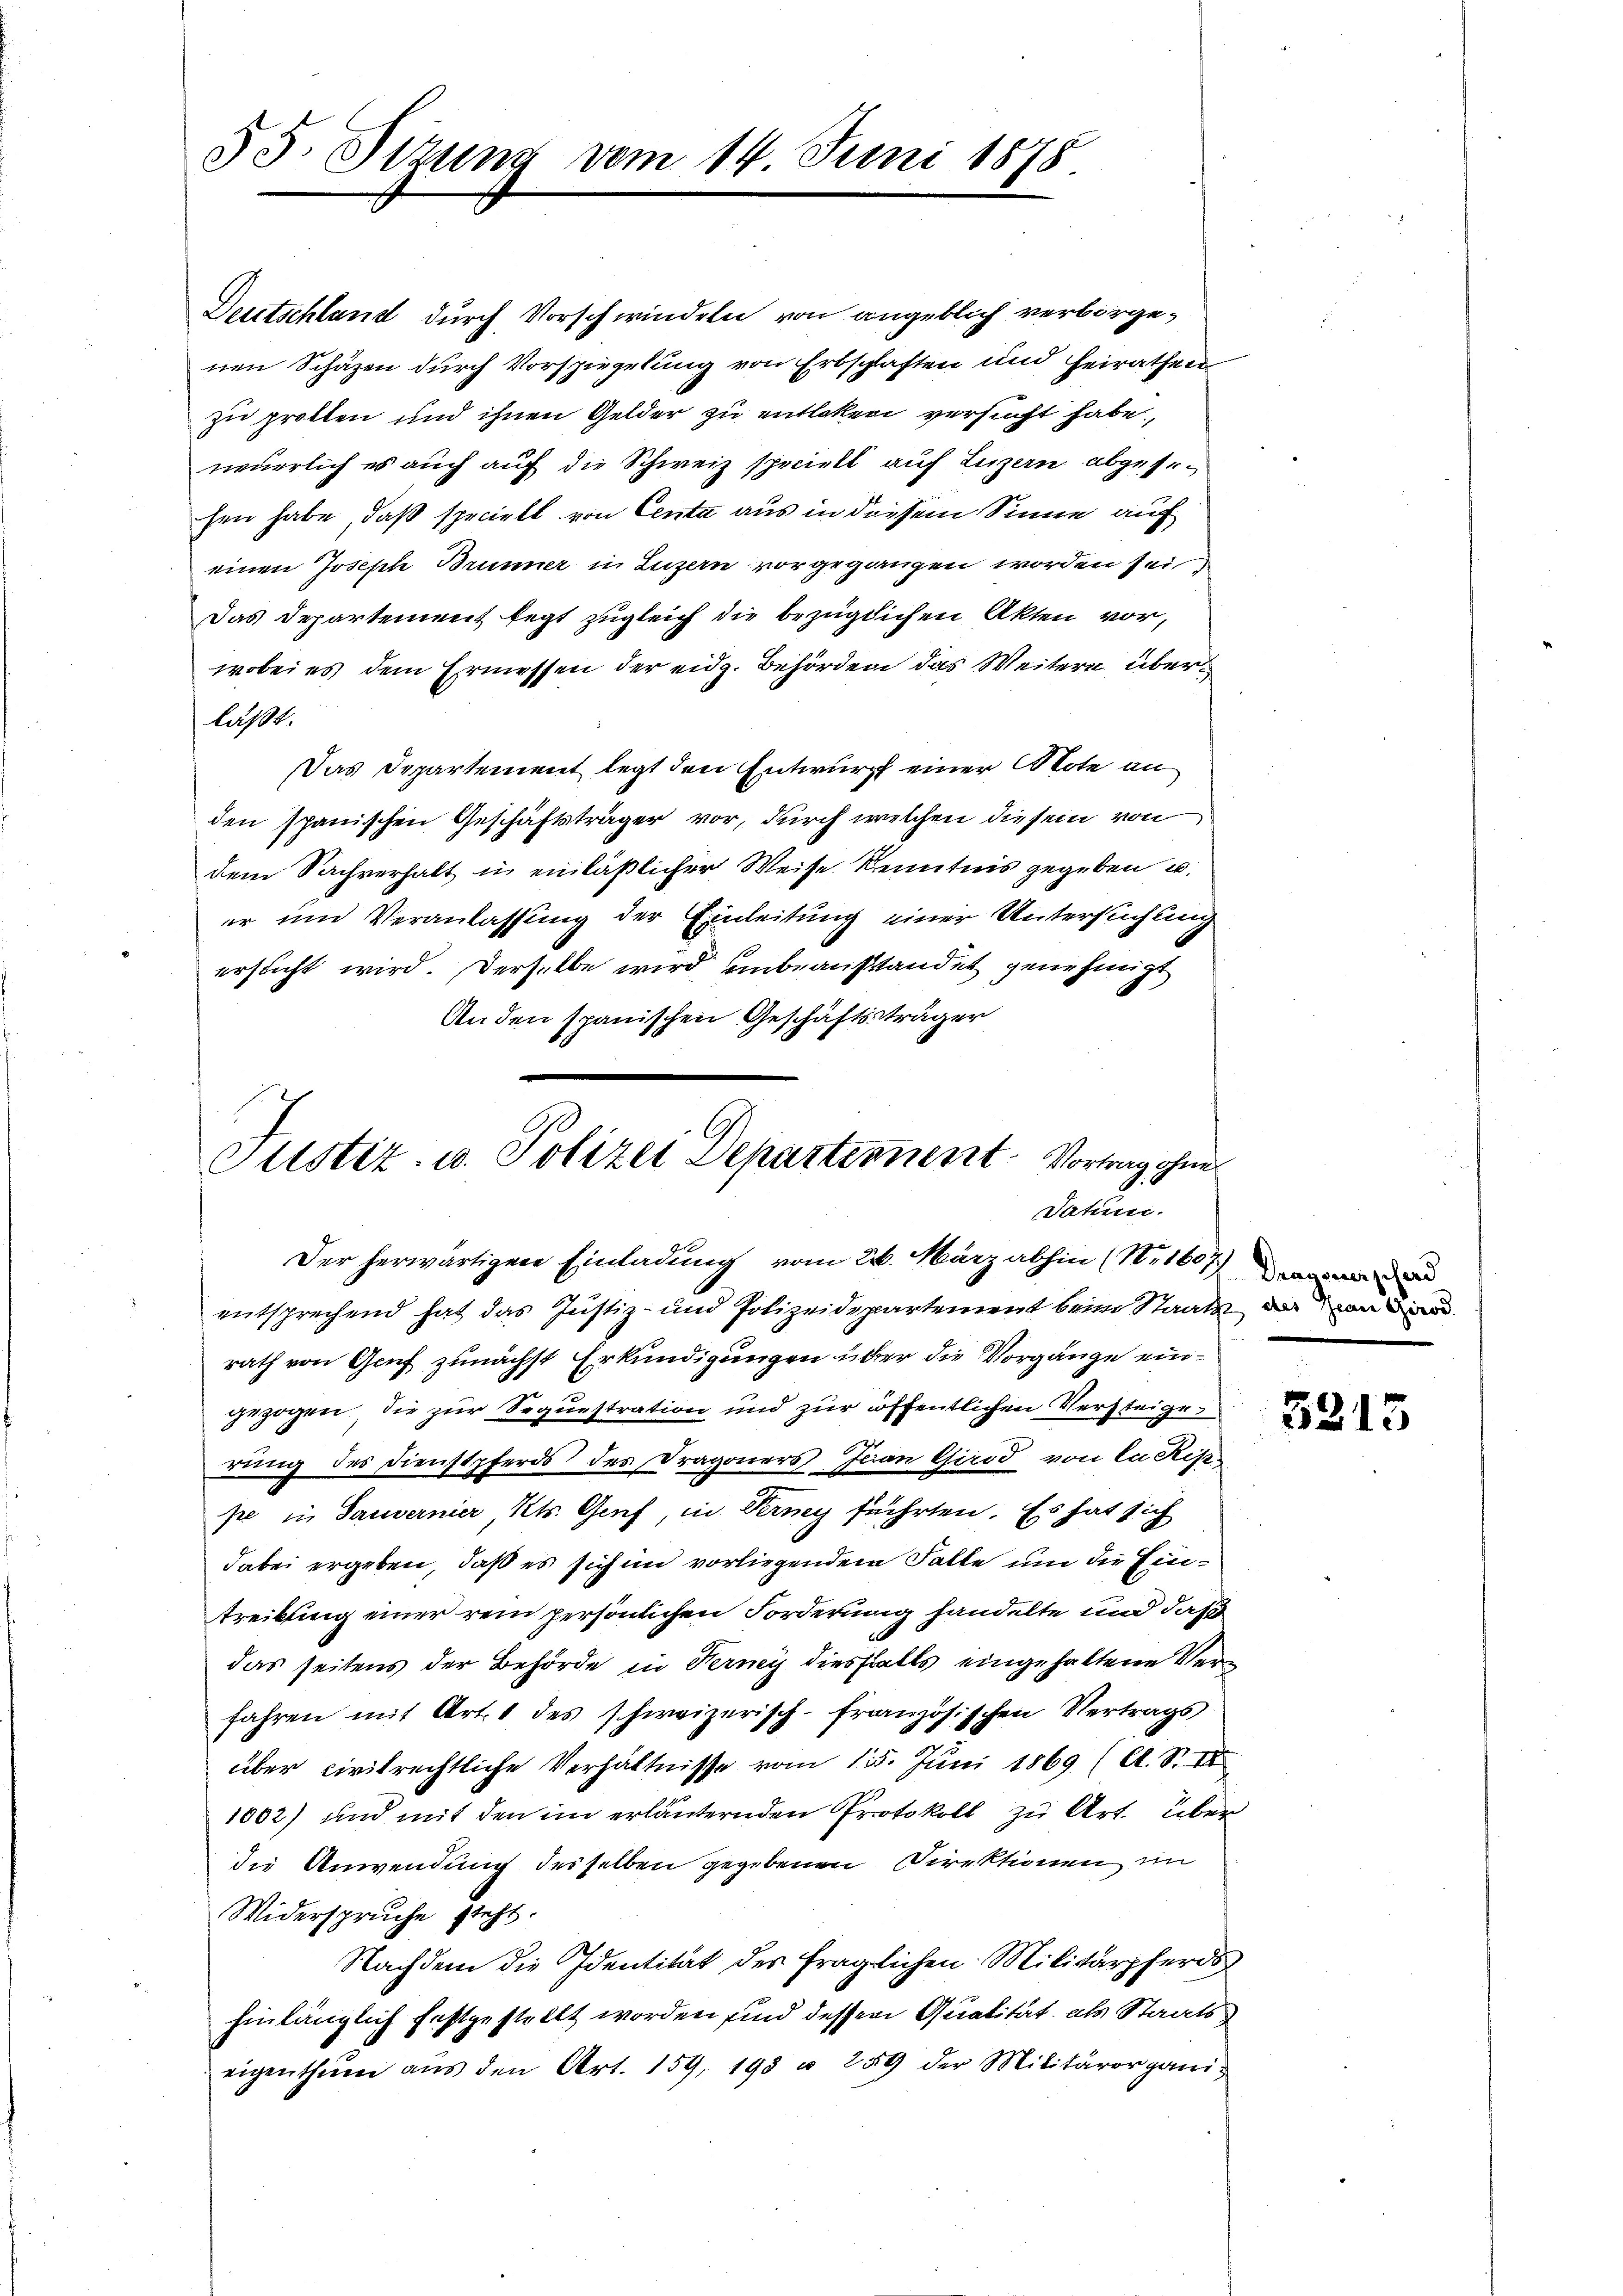
55. Sizung vom 14. Juni 1878

Deutschland durch Vorschwindeln von angeblich verborgenen Schäzen durch Vorspiegelung von Erbschlaften und heirathen
zu prollen und ihnen Gelder zu entleben versucht habe.
neuerlich es auch auf die Schweiz sprecht auf Luzern abgesehen habe, daß speciell von Centa aus in diesem Sinne auf
einen Joseph Brunner in Luzern vorgegangen worden sei
Das Departement legt zugleich die bezüglichen Akten vor,
wobei es dem Ermessen der eidg. Behörden das Weitern überläßt.
Das Departement legt den Entwurf einer Note an
den spanischen Geschäftsträger vor, durch welchen diesem von
dem Sachverhalt in einläßlicher Weise Kenntnis gegeben u.
er un Veranlassung der Einleitung einer Untersuchung
ersucht wird. Derselbe wird unbeanstandet genehmigt
An den spanischen Geschäftsträger

Justiz- u. Polizei Departement Vortrag ohnes
Datum.
Der herwärtigen Einladung vom 26. März abhin (N. 1607)

entsprechend hat das Justiz- und Polizeidepartement beim Staats davon
rath von Genf zunächst Erkundigungen über die Vorgänge eingezogen, die zur Sequestration und zur öffentlichen Versteige
rung des Dienstpferds des Dragoners Jean Girod, von la Risse
pe in Sauvernier Kts. Genf, in Terney führten. Es hat sich
dabei ergeben, daß es sich im vorliegendem Falle um die Eintreibung einer rein persönlichen Forderung handelte und daß
das seitens der Behörde in Herny diesfalls eingehaltene Verfahren mit Art. 1 des schweizerisch-französischen Vertrags
über civilrechtliche Verhältnisse vom 15. Juni 1869 (A. S. III
1002) und mit den im erläuternden Protokoll zu Art. über
die Anwendung desselben gegebenen Direktionen im
Widerspruche steht.
Nachdem die Identität des fraglichen Militärpferds
hinlänglich festgestellt worden sind dessen Qualität, als Staatseigenthŭm aŭs den Art. 159. 198 u. 259 der Militärorgani-

Gragserscherd

3215